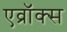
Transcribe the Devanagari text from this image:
एव्रॉक्स